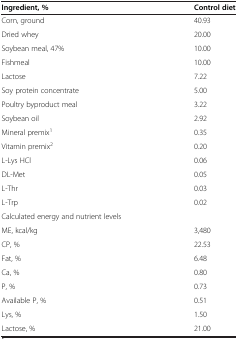
| Ingredient, % | Control diet |
 | --- | --- |
 | Corn, ground | 40.93 |
 | Dried whey | 20.00 |
 | Soybean meal, 47% | 10.00 |
 | Fishmeal | 10.00 |
 | Lactose | 7.22 |
 | Soy protein concentrate | 5.00 |
 | Poultry byproduct meal | 3.22 |
 | Soybean oil | 2.92 |
 | Mineral premix1 | 0.35 |
 | Vitamin premix2 | 0.20 |
 | L-Lys HCl | 0.06 |
 | DL-Met | 0.05 |
 | L-Thr | 0.03 |
 | L-Trp | 0.02 |
 | <COLSPAN=2> Calculated energy and nutrient levels |
 | ME, kcal/kg | 3,480 |
 | CP, % | 22.53 |
 | Fat, % | 6.48 |
 | Ca, % | 0.80 |
 | P, % | 0.73 |
 | Available P, % | 0.51 |
 | Lys, % | 1.50 |
 | Lactose, % | 21.00 |